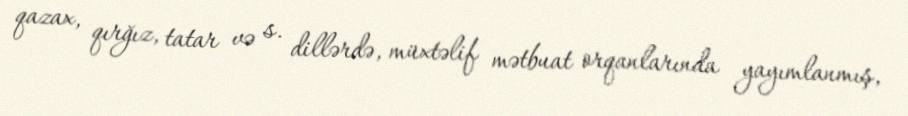
qazax, qırğız, tatar və s. dillərdə, müxtəlif mətbuat orqanlarında yayımlanmış,